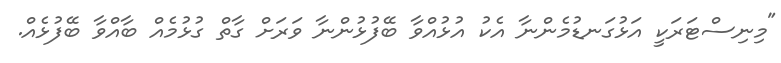
"މިނިސްޓަރަކީ އަޅުގަނޑުމެންނާ އެކު އުޅުއްވާ ބޭފުޅުންނާ ވަރަށް ގާތް ގުޅުމެއް ބާއްވާ ބޭފުޅެއް.